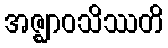
အဇ္ဈာဝသိဿတိ